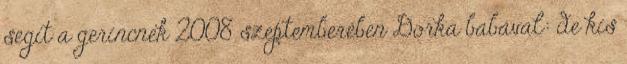
segít a gerincnek 2008 szeptemberében Dorka babával: de kis